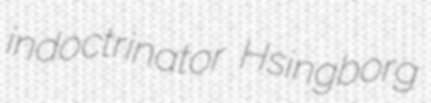
indoctrinator Hsingborg